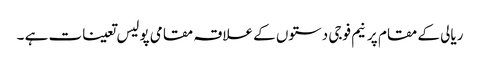
ریالی کے مقام پر نیم فوجی دستوں کے علاقہ مقامی پولیس تعینات ہے ۔